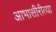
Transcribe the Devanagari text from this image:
आभासीरीत्या